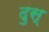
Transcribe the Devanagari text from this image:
दुस्‌